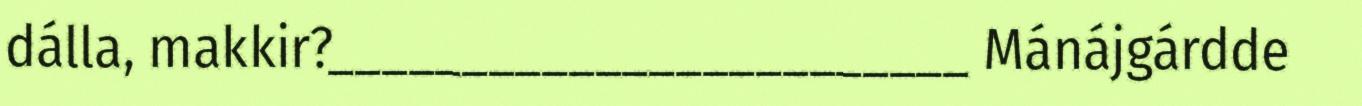
dálla, makkir?________________________ Mánájgárdde